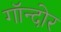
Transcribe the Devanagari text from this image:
गॉन्दोर